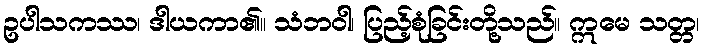
ဥပါသကဿ၊ ဒါယကာ၏။ သံဘဝါ၊ ပြည့်စုံခြင်းတို့သည်။ ဣမေ သတ္တ၊